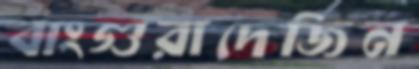
বাংগুরাদেজিন